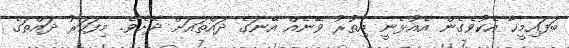
ބަފައިމީހާ އެކުވެގެން އެއުޅެނީ އިތުރު ވޭނެއް އޭނަގެ ދައްތައަށް ދޭށެވެ. މިފަހަރު ދައްތަގެ